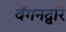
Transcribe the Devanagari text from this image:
वॅगनद्वारे